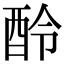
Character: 𨠎